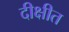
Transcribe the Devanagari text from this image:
दीक्षीत